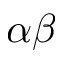
\alpha \beta